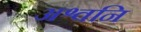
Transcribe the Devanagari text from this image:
अश्वनि